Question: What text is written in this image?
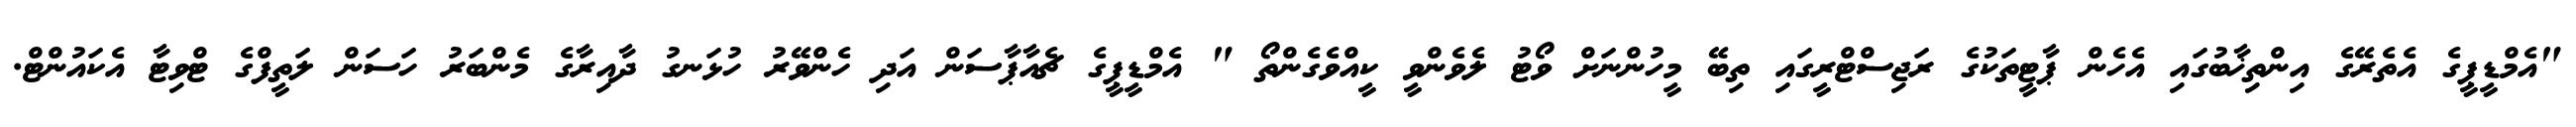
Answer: "އެމްޑީޕީގެ އެތެރޭގެ އިންތިޚާބުގައި އެހެން ޕާޓީތަކުގެ ރަޖިސްޓްރީގައި ތިބޭ މީހުންނަށް ވޯޓު ލެވެންވީ ކީއްވެގެންތޯ " އެމްޑީޕީގެ ޗެއާޕާސަން އަދި ހެންވޭރު ހުޅަނގު ދާއިރާގެ މެންބަރު ހަސަން ލަތީފްގެ ޓްވިޓާ އެކައުންޓް.